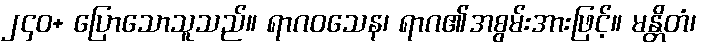
၂၄၀+ ပြောသောသူသည်။ ရာဂဝသေန၊ ရာဂ၏အစွမ်းအားဖြင့်။ မန္တိတံ၊